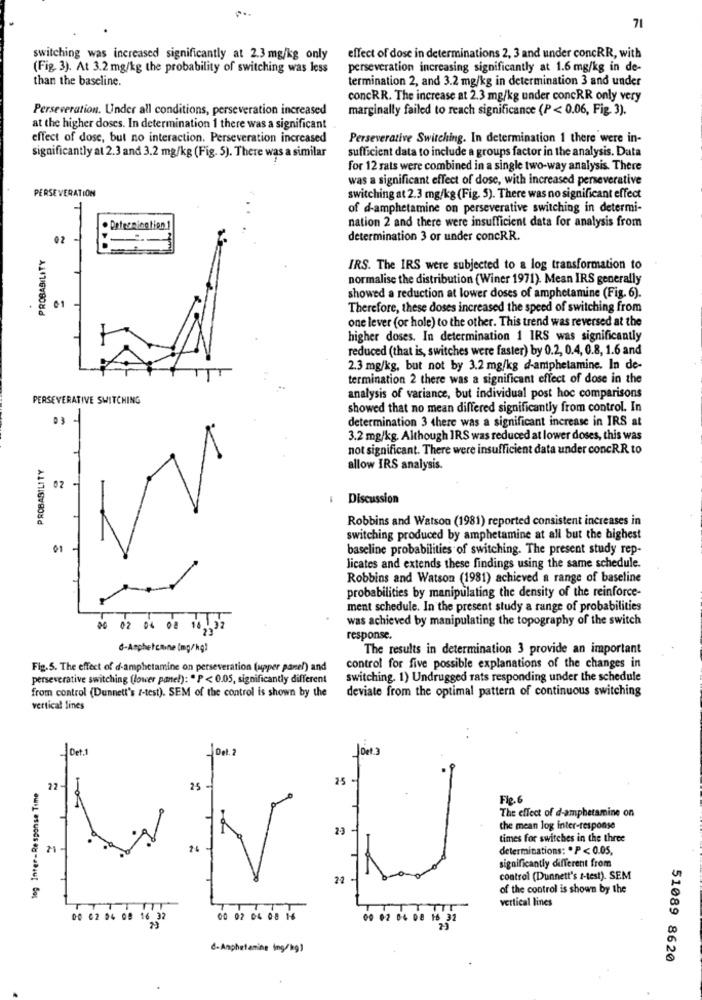
71
switching was increased significantly at 2.3 mg/kg only
effect of dose in determinations 2, 3 and under concRR, with
(Fig. 3). At 3.2 mg/kg the probability of switching was less
perseveration increasing significantly at 1.6 mg/kg in de-
than the baseline.
termination 2, and 3.2 mg/kg in determination 3 and under
concRR. The increase at 2.3 mg/kg under concRR only very
Perseveration. Under all conditions, perseveration increased
marginally failed to reach significance (P < 0.06, Fig. 3).
at the higher doses. In determination 1 there was a significant
effect of dose, but no interaction. Perseveration increased
Perseverative Switching. In determination 1 there were in-
sufficient data to include a groups factor in the analysis. Data
significantly at 2.3 and 3.2 mg/kg (Fig. 5). There was a similar
for 12 rats were combined in a single two-way analysis. There
was a significant effect of dose, with increased perseverative
PERSEVERATION
switching at 2.3 mg/kg (Fig. 5). There was no significant effect
of d-amphetamine on perseverative switching in determi-
nation 2 and there were insufficient data for analysis from
. Determination 1
02
determination 3 or under concRR.
PROBABILITY
IRS. The IRS were subjected to a log transformation to
normalise the distribution (Winer 1971). Mean IRS generally
showed a reduction at lower doses of amphetamine (Fig. 6).
0-1
Therefore, these doses increased the speed of switching from
one lever (or hole) to the other. This trend was reversed at the
higher doses. In determination 1 IRS was significantly
reduced (that is, switches were faster) by 0.2, 0.4, 0.8, 1.6 and
2.3 mg/kg, but not by 3.2 mg/kg d-amphetamine. In de-
termination 2 there was a significant effect of dose in the
PERSEVERATIVE SWITCHING
analysis of variance, but individual post hoc comparisons
showed that no mean differed significantly from control. In
03 -
determination 3 there was a significant increase in IRS at
3.2 mg/kg. Although IRS was reduced at lower doses, this was
not significant. There were insufficient data under concRR to
PROBABILITY
allow IRS analysis
62
Discussion
Robbins and Watson (1981) reported consistent increases in
switching produced by amphetamine at all but the highest
01
baseline probabilities of switching. The present study rep-
licates and extends these findings using the same schedule.
Robbins and Watson (1981) achieved a range of baseline
probabilities by manipulating the density of the reinforce-
ment schedule. In the present study a range of probabilities
was achieved by manipulating the topography of the switch
16 02 04 00 10 , 32
response.
6-Amphetamine (mg/kg)
The results in determination 3 provide an important
Fig.5. The effect of d-amphetamine on perseveration (upper panel) and
control for five possible explanations of the changes in
perseverative switching (lower panel): " P < 0.05, significantly different
switching. 1) Undrugged rats responding under the schedule
from control (Dunnett's z-test). SEM of the control is shown by the
deviate from the optimal pattern of continuous switching
vertical lines
1 Det.1
1 Det.2
25
log Inter-Response Time
22
25
Fig.6
The effect of d-amphetamine on
2-3
the mean log inter-response
times for switches in the three
21
determinations: * P < 0.05.
significantly different from
control (Dunnett's t-test). SEM
of the control is shown by the
vertical lines
TT
00 02 04 08 16 32
00 02 04 08 16
00 02 04 08 16 32
d-Amphetamine Ing/kg)
51089 8620